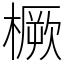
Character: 橛